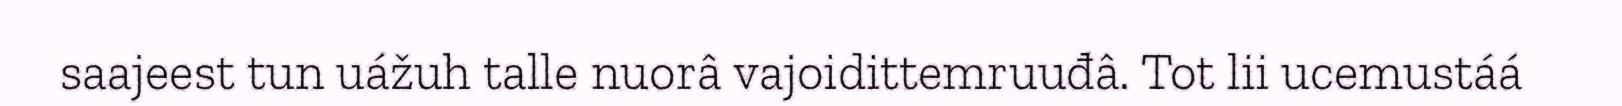
saajeest tun uážuh talle nuorâ vajoidittemruuđâ. Tot lii ucemustáá